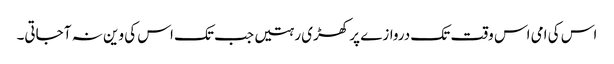
اس کی امی اس وقت تک دروازے پر کھڑی رہتیں جب تک اس کی وین نہ آ جاتی۔